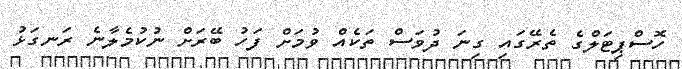
ހޮސްޕިޓަލްގެ ތެރޭގައި ގިނަ ދުވަސް ތަކެއް ވުމަށް ފަހު ބޭރަށް ނުކުމެލާނެ ރަނގަޅު